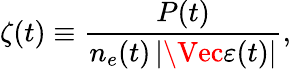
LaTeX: \zeta(t)\equiv\frac{P(t)}{n_{e}(t)\left|\Vec{\varepsilon}(t)\right|},